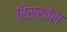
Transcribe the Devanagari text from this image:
रिसर्चेस